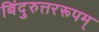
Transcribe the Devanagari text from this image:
बिंदुरुत्तररूपम्